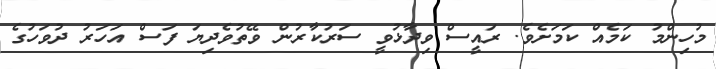
މުހިންމު ކަމެއް ކަމަށެވެ. ރައީސް ވިދާޅުވީ ސަރުކާރުން ވޭތުވެދިޔަ ފަސް އަހަރު ދުވަހުގެ